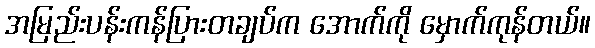
အမြည်းပန်းကန်ပြားတချပ်က အောက်ကို မှောက်ကုန်တယ်။